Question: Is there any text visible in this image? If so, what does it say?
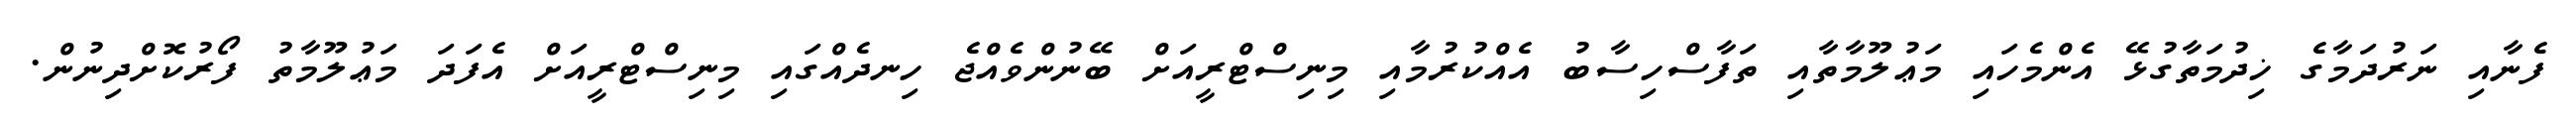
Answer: ފެނާއި ނަރުދަމާގެ ޚިދުމަތާގުޅޭ އެންމެހައި މަޢުލޫމާތާއި ތަފާސްހިސާބު އެއްކުރުމާއި މިނިސްޓްރީއަށް ބޭނުންވެއްޖެ ހިނދެއްގައި މިނިސްޓްރީއަށް އެފަދަ މަޢުލޫމާތު ފޯރުކޮށްދިނުން.